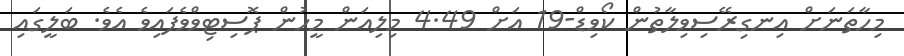
މިހާތަނަށް އިނގިރޭސިވިލާތުން ކޯވިޑް-19 އަށް 4.49 މިލިއަން މީހުން ޕޮސިޓިވްވެފައިވެ އެވެ. ބަލީގައި